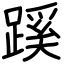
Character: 蹊